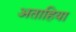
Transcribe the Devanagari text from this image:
अताहिया